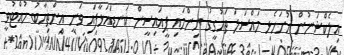
އިލެކްޝަނުން ހުށަހެޅި މައްސަލަ ތަހުގީގު ނިންމައި ޕީއައިސީން ކަނޑައަޅާފައި ވަނީ އިންތިހާބު ހުއްޓުވީ